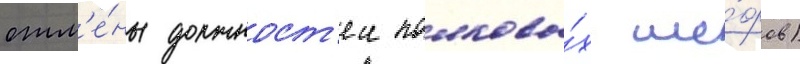
отм'е́ны должност'еи полковы́х ше́фов)